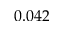
0 . 0 4 2